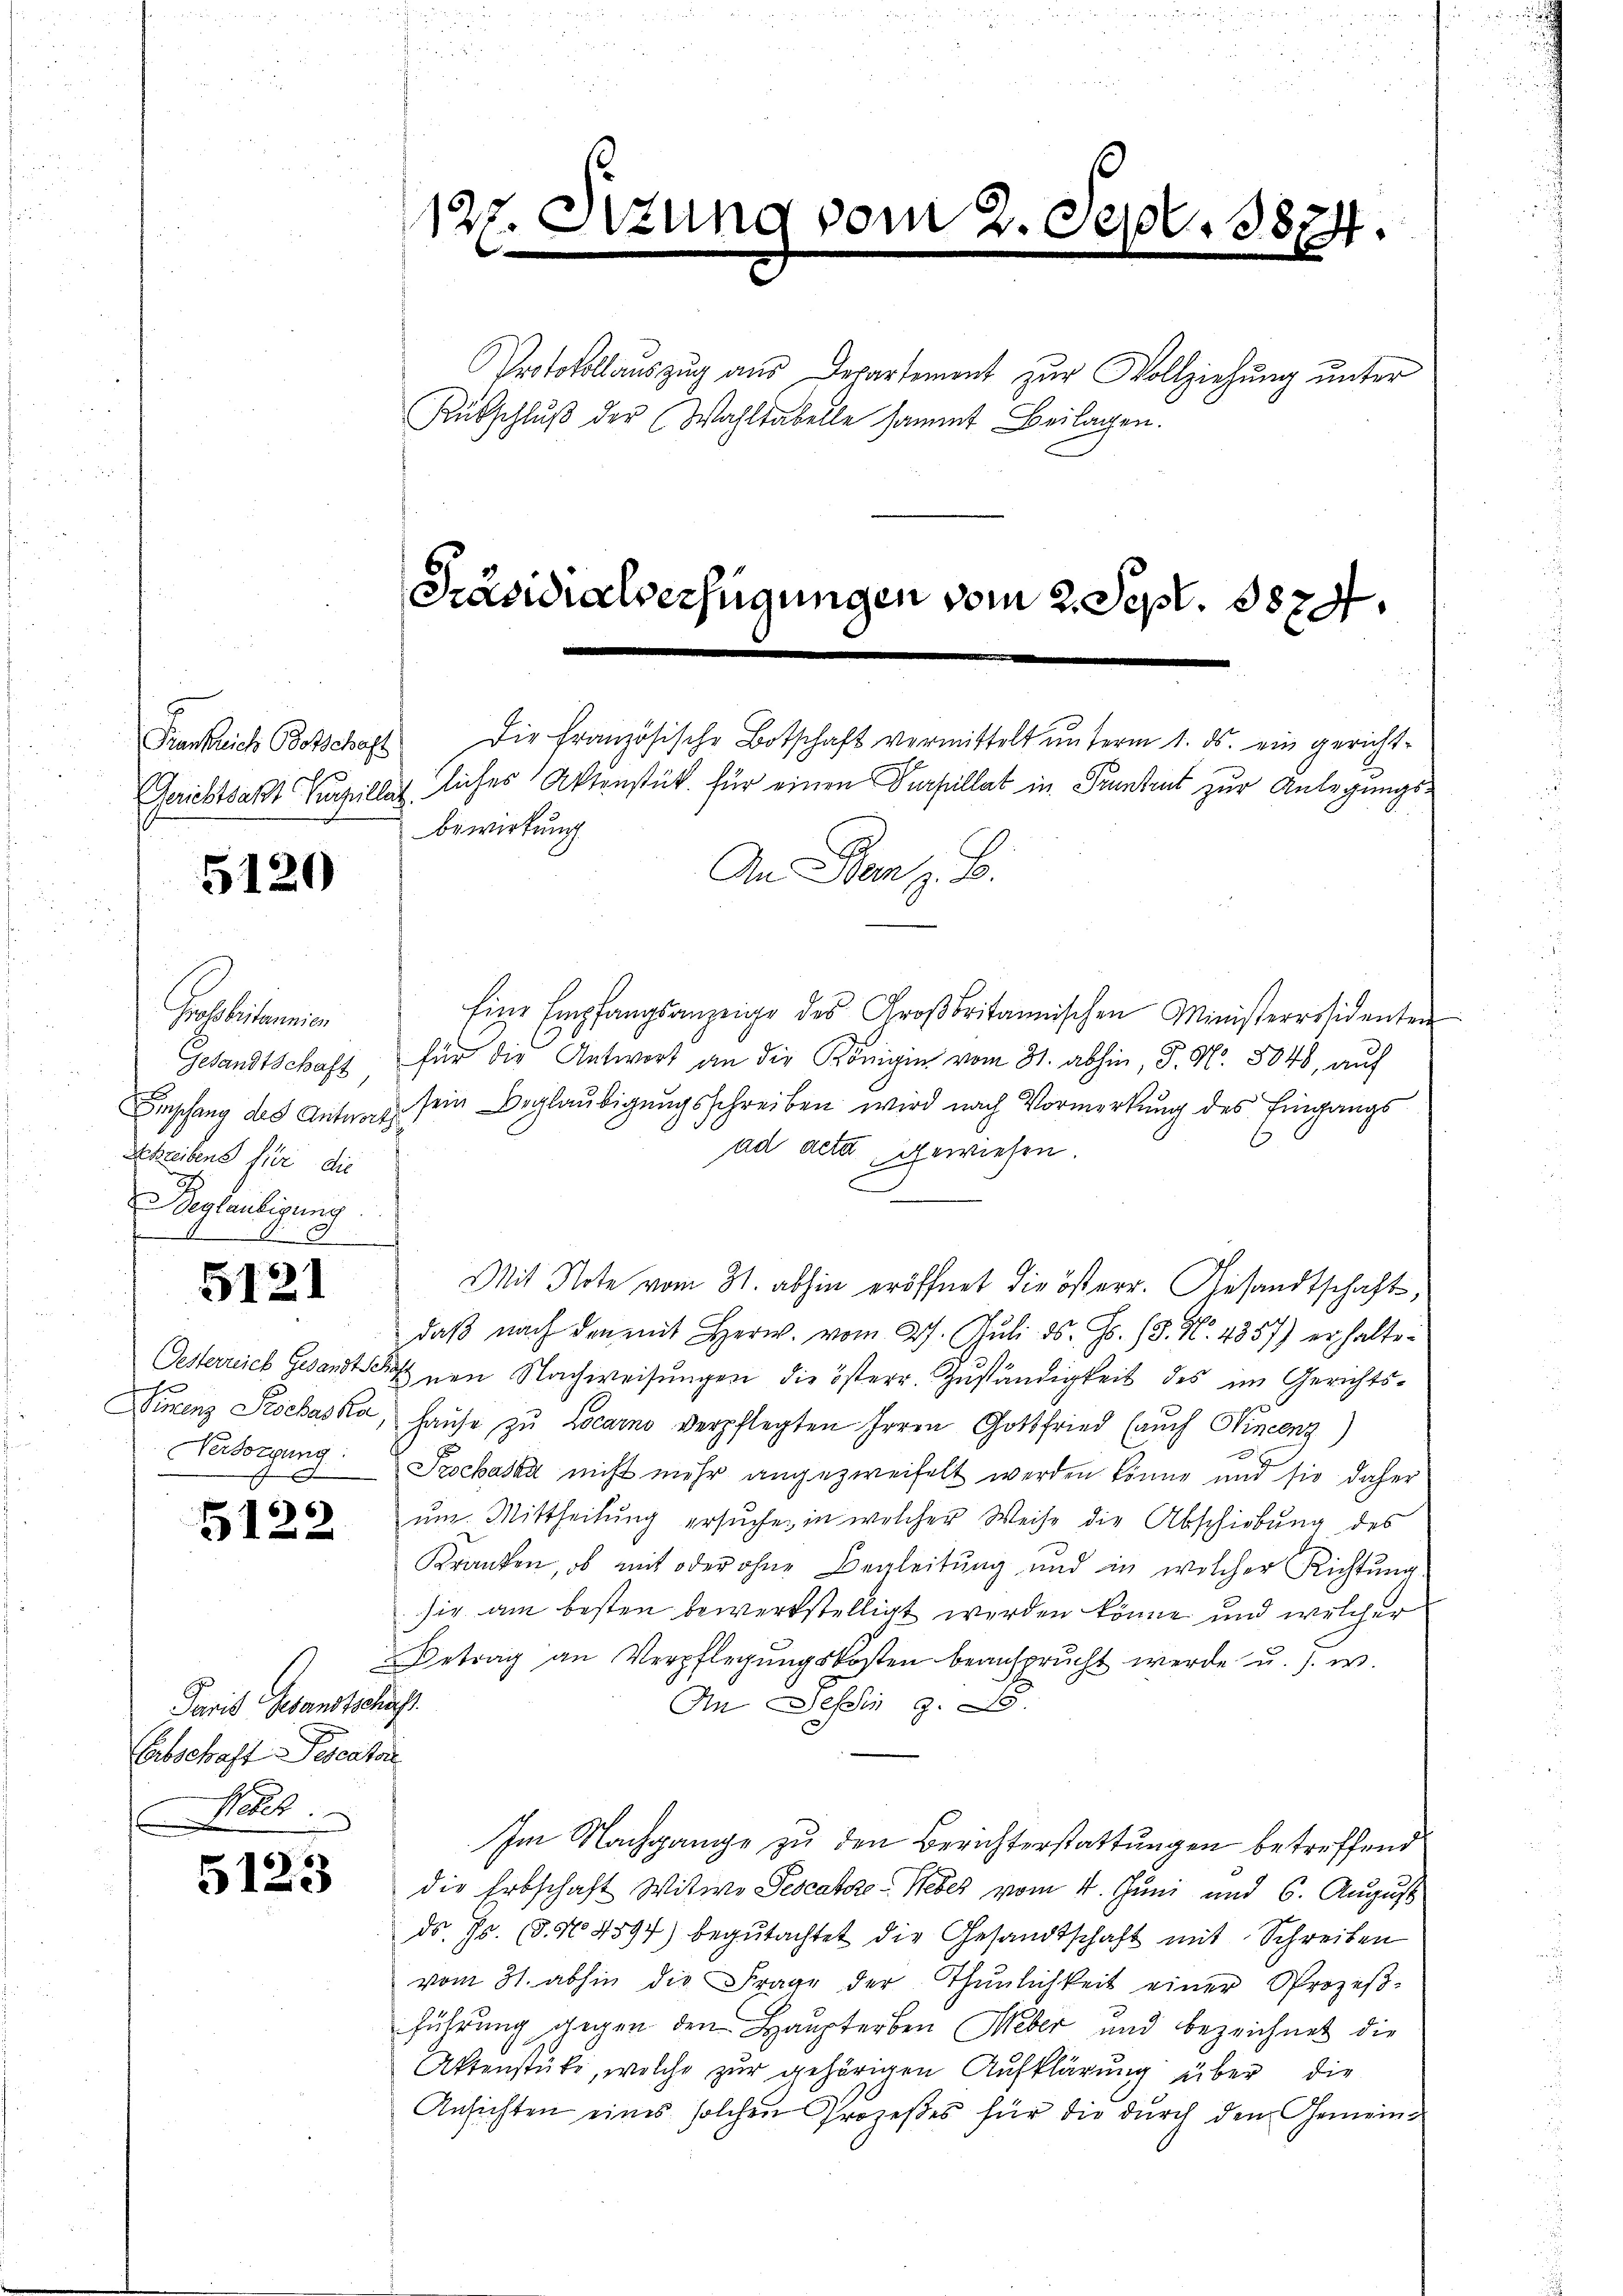
Frankreich Botschaft
Gerichtsakt Pupillat

5120

Probebitannien
Gesandtschaft,
Empfang des Antworts
Schreibens für die
 Beglaubigung.

5121

Oesterreich Gesandtsch
Sinenz Pochaska
Besorgung.

5122

Paris Gesandtschaft.
Erbschaft Pescatori
Palz
E

5123

12 f 0

u

Protokollauszug aus Departement zur Vollziehung unter
Rutschluß der Wahltabelle sammt Beilagen.

[Präsidialverfügungen vom 2. Sept. 1824.

3824.
e

Die Französische Botschaft vermittelt unterm 1. ds. ein gerichtliches Aktenstück für einen Verhellat in Pruntrut zur Anlegungsbewirkung

Eine Empfangsanzeige des Großbritannischen Ministeressidenten
für die Antwort an die Königin vom 31. abhin, P. Nr. 5048, auf
sein Beglaubigungsschreiben wird nach Vormerkung des Eingangs
ad acta gewiesen.
Mit Note vom 31. abhin eröffnet die österr. Gesandtschaft,
daβ nach den mit Herw. vom 27. Jŭli d. Js. 18. No. 4857) erhalte¬
Ihnen Nachweisungen die österr. Zuständigkeit des im Gerichtshaŭse zu Locarno verpflegten Irren Gottfried (auch Hincenz)
Prochaska nicht mehr angezweifelt werden könne und sie daher
ŭm. Mittheilŭng ersŭche in welcher Weise die Abschiebung des
Kranken, ob mit oder ohne Begleitung und in welcher Richtung
sie am besten bewerkstelligt werden könne und welcher
Betrag an Verpflegŭngskosten beansprucht werde u. s. w.
An Deser z. B.
Im Nachgange zu den Berichterstattungen betreffend
die Erbschaft Witwe Pescalazo Weber vom 4. Juni und 6. August
ds. Js. (§. N. 4594) begutachtet die Gesandtschaft mit Schreiben
vom 31. abhin die Frage der Thunlichkeit einer Prozeβ-
führung gegen den Haupterben Weber und bezeichnet die
Aktenstüke, welche zur gehörigen Aufklärung über die
Ansichten eines solchen Prozeßes für die durch den Gemein¬

An Benz. B.